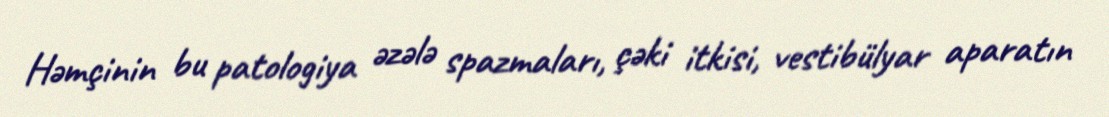
Həmçinin bu patologiya əzələ spazmaları, çəki itkisi, vestibülyar aparatın